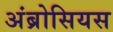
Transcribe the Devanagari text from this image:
अंब्रोसियस